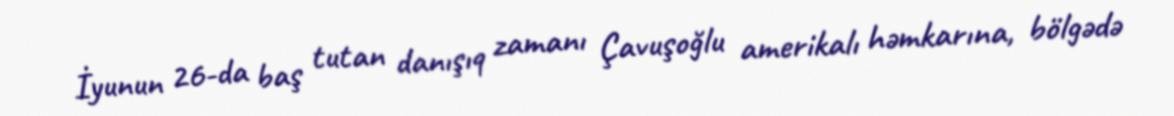
İyunun 26-da baş tutan danışıq zamanı Çavuşoğlu amerikalı həmkarına, bölgədə